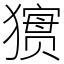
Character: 㺙